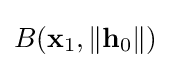
B(\mathbf {x} _{1},\|\mathbf {h} _{0}\|)